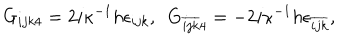
G _ { i j k 4 } = 2 i \kappa ^ { - 1 } h \epsilon _ { i j k } , ~ ~ G _ { \overline { { { i j k } } } 4 } = - 2 i \kappa ^ { - 1 } h \epsilon _ { \overline { { { i j k } } } } ,